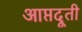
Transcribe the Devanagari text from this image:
आप्तदूती